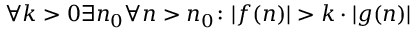
\forall k > 0 \exists n _ { 0 } \forall n > n _ { 0 } \colon | f ( n ) | > k \cdot | g ( n ) |